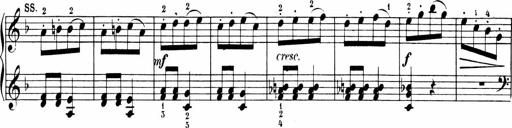
Title: 6 Sonatinas
Composer: Carl Reinecke